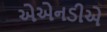
એએનડીએ